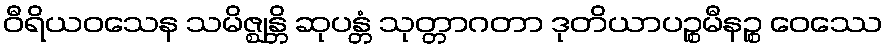
ဝီရိယဝသေန သမိဇ္ဈန္တိ ဆုပန္တံ သုတ္တာဂတာ ဒုတိယာပဉ္စမီနဉ္စ ဝေဿေ